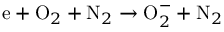
\mathrm { e } + \mathrm { O } _ { 2 } + \mathrm { N } _ { 2 } \to \mathrm { O } _ { 2 } ^ { - } + \mathrm { N } _ { 2 }